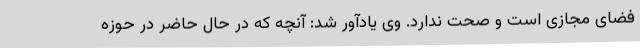
فضای مجازی است و صحت ندارد. وی یادآور شد: آنچه که در حال حاضر در حوزه